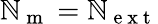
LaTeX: \mathbb{N}_{\mathrm{{~m~}}}=\mathbb{N}_{\mathrm{{~e~x~t~}}}